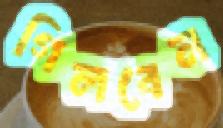
গিলবেন